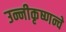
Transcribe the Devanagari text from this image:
उन्नीकृष्णन्चे